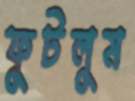
ফুটলুম